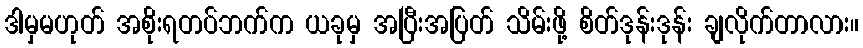
ဒါမှမဟုတ် အစိုးရတပ်ဘက်က ယခုမှ အပြီးအပြတ် သိမ်းဖို့ စိတ်ဒုန်းဒုန်း ချလိုက်တာလား။